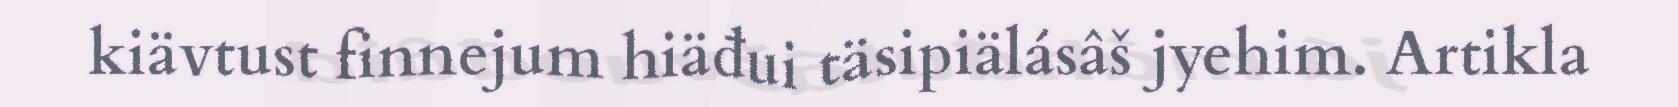
kiävtust finnejum hiäđui täsipiälásâš jyehim. Artikla